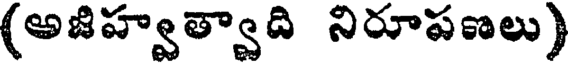
(అజిహ్వత్వాది నిరూపణలు)